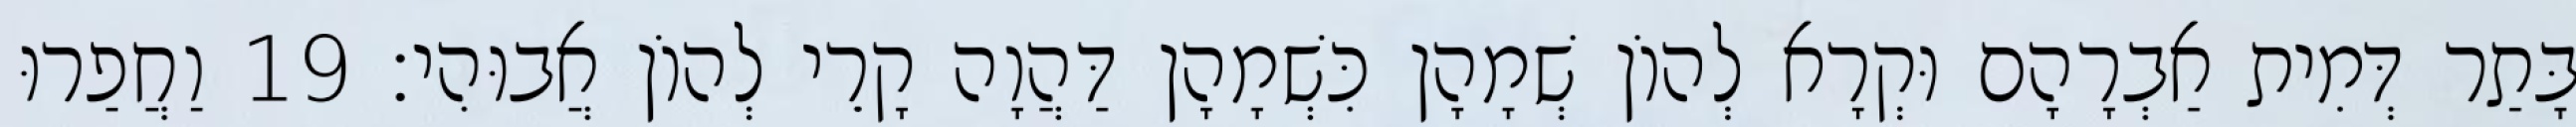
בָּתַר דְּמִית אַבְרָהָם וּקְרָא לְהוֹן שְׁמָהָן כִּשְׁמָהָן דַּהֲוָה קָרֵי לְהוֹן אֲבוּהִי׃ 19 וַחֲפַרוּ